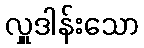
လှူဒါန်းသော